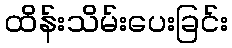
ထိန်းသိမ်းပေးခြင်း